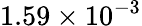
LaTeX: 1.59\times 10^{-3}